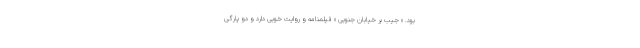
بود. « جیب بر خیابان جنوبی » فیلمنامه و روایت خوبی دارد و دو پارگی